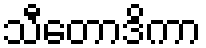
သီတောဒိကာ